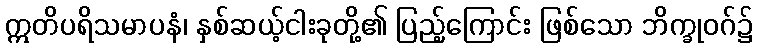
ဣတိပရိသမာပနံ၊ နှစ်ဆယ့်ငါးခုတို့၏ ပြည့်ကြောင်း ဖြစ်သော ဘိက္ခုဝဂ်၌